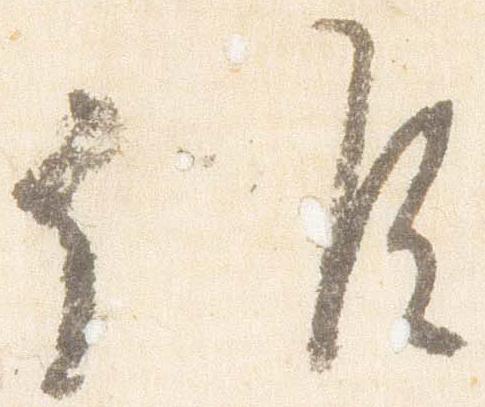
候